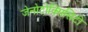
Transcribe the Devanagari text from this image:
जेनोटोक्सिसिटी